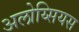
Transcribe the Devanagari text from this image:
अलोय्सियस